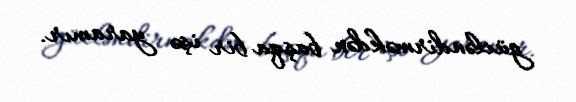
gücləndirməkdən başqa bir işə yaramır.